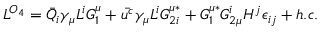
{ \cal L } ^ { { \cal O } _ { 4 } } = \bar { Q } _ { i } \gamma _ { \mu } L ^ { i } G _ { 1 } ^ { \mu } + \bar { u ^ { c } } \gamma _ { \mu } L ^ { i } G _ { 2 i } ^ { \mu * } + G _ { 1 } ^ { \mu * } G _ { 2 \mu } ^ { i } H ^ { j } \epsilon _ { i j } + h . c .